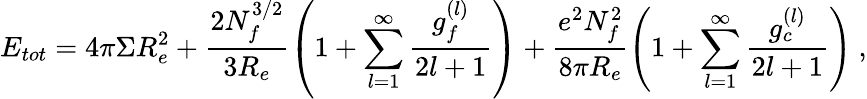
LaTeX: E_{tot}=4\pi\Sigma R_{e}^{2}+\frac{2N_{f}^{3/2}}{3R_{e}}\left(1+\sum_{l=1}^{\infty}\frac{g_{f}^{(l)}}{2l+1}\right)+\frac{e^{2}N_{f}^{2}}{8\pi R_{e}}\left(1+\sum_{l=1}^{\infty}\frac{g_{c}^{(l)}}{2l+1}\right)~,